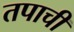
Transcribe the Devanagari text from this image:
तपाची